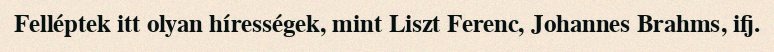
Felléptek itt olyan hírességek, mint Liszt Ferenc, Johannes Brahms, ifj.